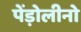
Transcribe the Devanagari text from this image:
पेंड़ोलीनो